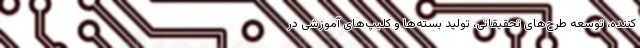
کننده، توسعه طرح‌های تحقیقاتی، تولید بسته‌ها و کلیپ‌های آموزشی در